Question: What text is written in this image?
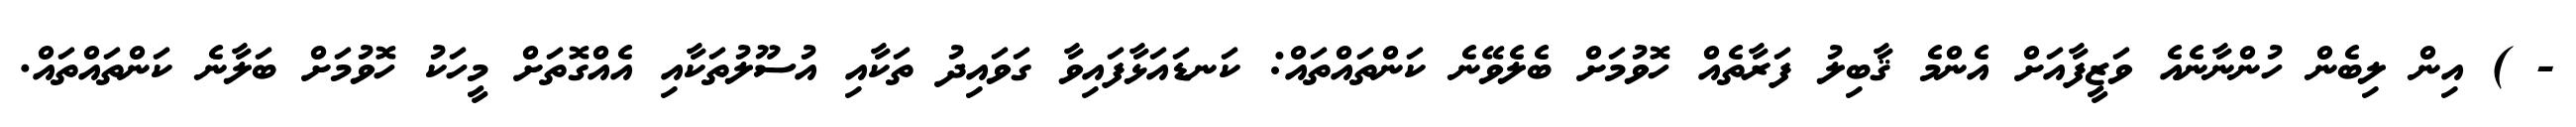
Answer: - ) އިން ލިބެން ހުންނާނެއެ ވަޒީފާއަށް އެންމެ ޤާބިލު ފަރާތެއް ހޮވުމަށް ބެލެވޭނެ ކަންތައްތައް: ކަނޑައަޅާފައިވާ ގަވައިދު ތަކާއި އުސޫލުތަކާއި އެއްގޮތަށް މީހަކު ހޮވުމަށް ބަލާނެ ކަންތައްތައް.